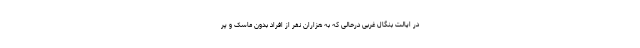
در ایالت بنگال غربی درحالی که به هزاران نفر از افراد بدون ماسک و پر